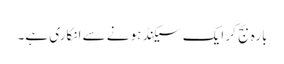
بارہ بج کر ایک سیکنڈ ہونے سے انکاری ہے۔